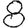
Digit: 8